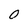
Character: 0